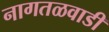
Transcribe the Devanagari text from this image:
नागतळवाडी